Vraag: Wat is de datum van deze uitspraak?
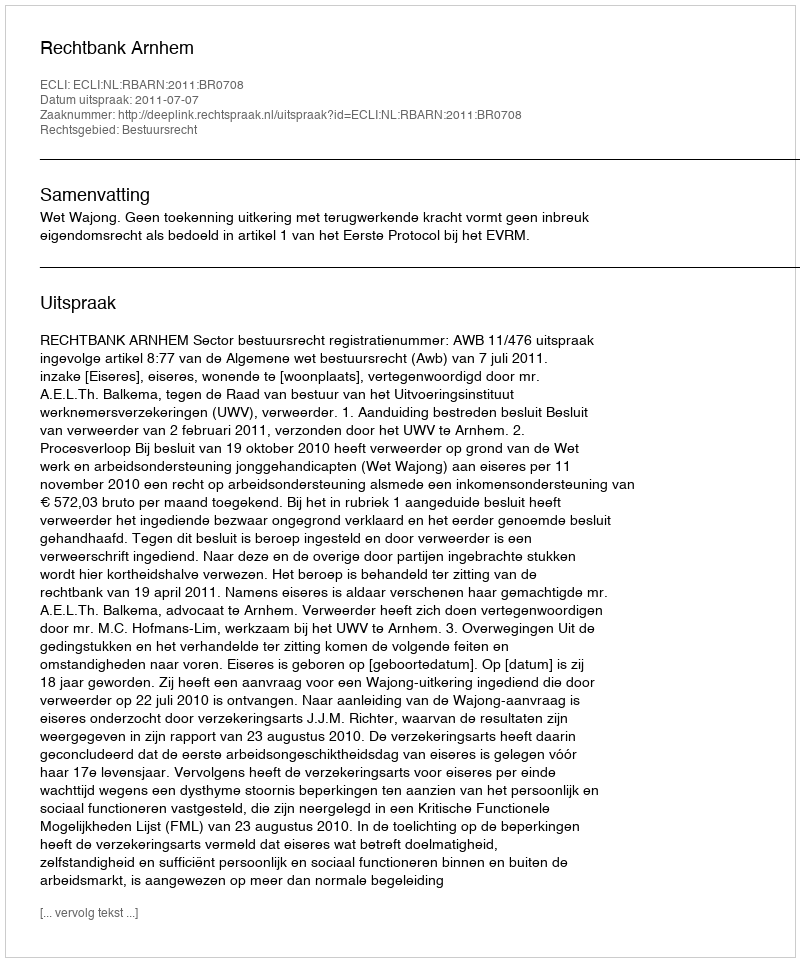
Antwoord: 2011-07-07